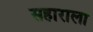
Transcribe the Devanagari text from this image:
सहाराला